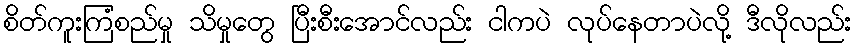
စိတ်ကူးကြံစည်မှု သိမှုတွေ ပြီးစီးအောင်လည်း ငါကပဲ လုပ်နေတာပဲလို့ ဒီလိုလည်း